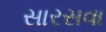
સારસવા